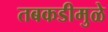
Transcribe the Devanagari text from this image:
तबकडीमुळे